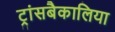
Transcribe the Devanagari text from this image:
ट्रांसबैकालिया